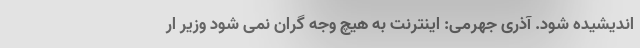
اندیشیده شود. آذری جهرمی: اینترنت به هیچ وجه گران نمی شود وزیر ار